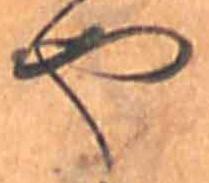
や